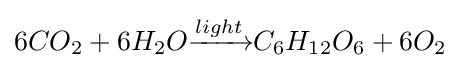
6CO_{2}+6H_{2}O{\xrightarrow[{}]{light}}C_{6}H_{12}O_{6}+6O_{2}